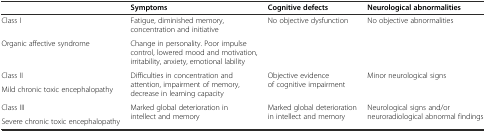
<table><thead><tr><td></td><td><b>Symptoms</b></td><td><b>Cognitive defects</b></td><td><b>Neurological abnormalities</b></td></tr></thead><tbody><tr><td>Class I</td><td>Fatigue, diminished memory, concentration and initiative</td><td rowspan="2">No objective dysfunction</td><td rowspan="2">No objective abnormalities</td></tr><tr><td>Organic affective syndrome</td><td>Change in personality. Poor impulse control, lowered mood and motivation, irritability, anxiety, emotional lability</td></tr><tr><td>Class II</td><td rowspan="2">Difficulties in concentration and attention, impairment of memory, decrease in learning capacity</td><td rowspan="2">Objective evidence of cognitive impairment</td><td rowspan="2">Minor neurological signs</td></tr><tr><td>Mild chronic toxic encephalopathy</td></tr><tr><td>Class III</td><td rowspan="2">Marked global deterioration in intellect and memory</td><td rowspan="2">Marked global deterioration in intellect and memory</td><td rowspan="2">Neurological signs and/or neuroradiological abnormal findings</td></tr><tr><td>Severe chronic toxic encephalopathy</td></tr></tbody></table>